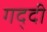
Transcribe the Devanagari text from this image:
गद्‍दी